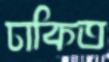
ঢাকিত